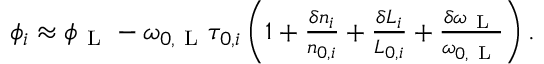
\begin{array} { r } { \phi _ { i } \approx \phi _ { \mathrm { ~ L ~ } } - \omega _ { 0 , \mathrm { ~ L ~ } } \tau _ { 0 , i } \left( 1 + \frac { \delta n _ { i } } { n _ { 0 , i } } + \frac { \delta L _ { i } } { L _ { 0 , i } } + \frac { \delta \omega _ { \mathrm { ~ L ~ } } } { \omega _ { 0 , \mathrm { ~ L ~ } } } \right) . } \end{array}